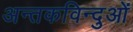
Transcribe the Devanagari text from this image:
अन्तकविन्दुओं